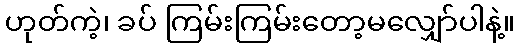
ဟုတ်ကဲ့၊ ခပ် ကြမ်းကြမ်းတော့မလျှော်ပါနဲ့။